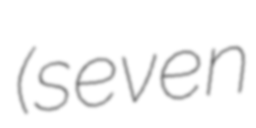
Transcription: (seven